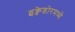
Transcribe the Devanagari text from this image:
इक्वेडोरमध्ये